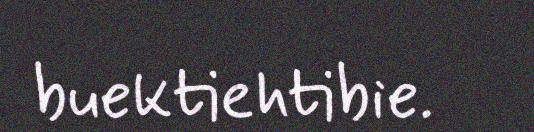
buektiehtibie.